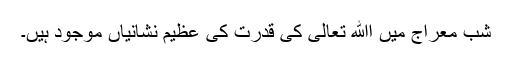
شبِ معراج میں اﷲ تعالیٰ کی قدرت کی عظیم نشانیاں موجود ہیں۔